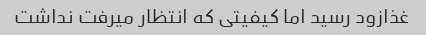
غذازود رسید اما کیفیتی که انتظار میرفت نداشت